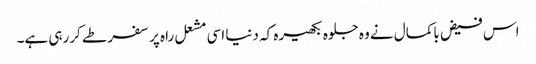
اس فیض باکمال نے وہ جلوہ بکھیرہ کہ دنیا اسی مشعل راہ پر سفر طے کررہی ہے۔